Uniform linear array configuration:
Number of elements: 16
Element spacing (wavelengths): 0.5
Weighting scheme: uniform
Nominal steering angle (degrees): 0
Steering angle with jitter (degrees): -0.7109
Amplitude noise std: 0.05
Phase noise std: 0.05

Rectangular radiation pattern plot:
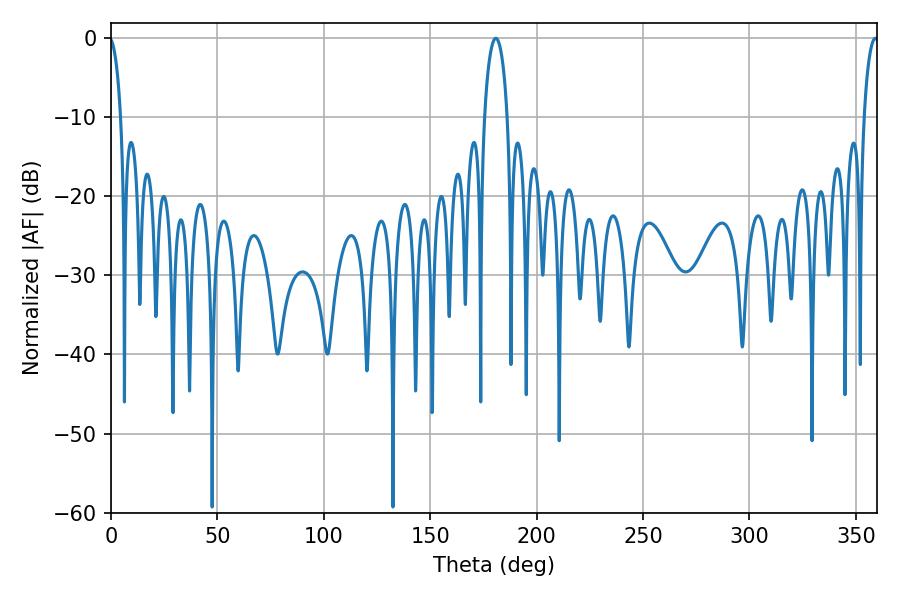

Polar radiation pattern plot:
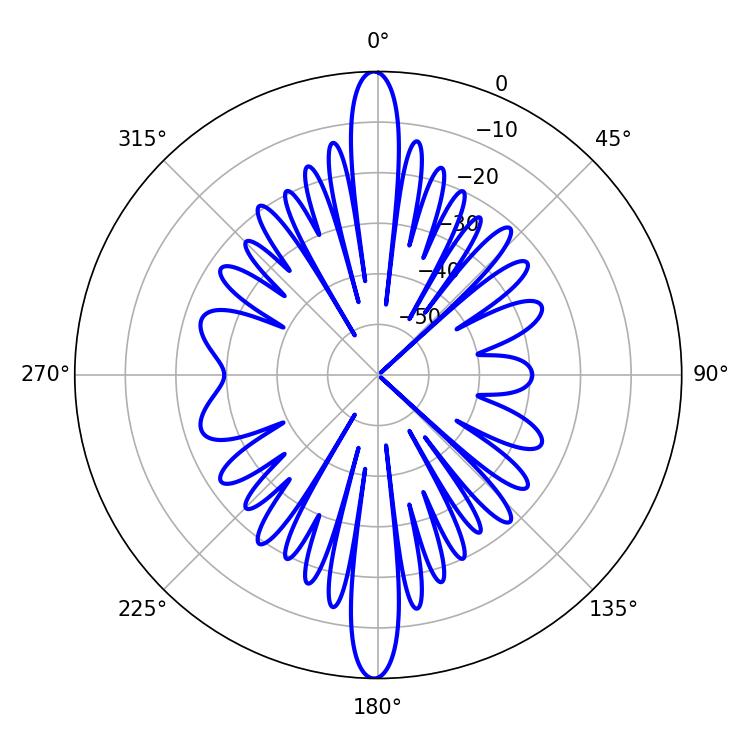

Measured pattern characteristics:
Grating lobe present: FALSE
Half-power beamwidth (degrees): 6.3
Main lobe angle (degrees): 180.9